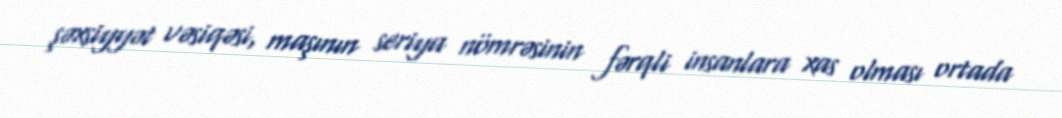
şəxsiyyət vəsiqəsi, maşının seriya nömrəsinin fərqli insanlara xas olması ortada